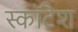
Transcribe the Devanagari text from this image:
स्कॉटैश